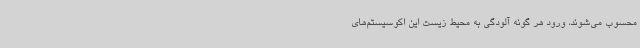
محسوب می‌شوند، ورود هر گونه آلودگی به محیط زیست این اکوسیستم‌های